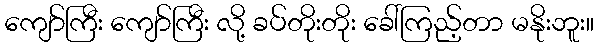
ကျော်ကြီး ကျော်ကြီး လို့ ခပ်တိုးတိုး ခေါ်ကြည့်တာ မနိုးဘူး။